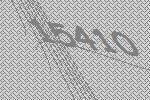
15410